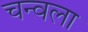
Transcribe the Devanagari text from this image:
चन्वला